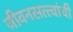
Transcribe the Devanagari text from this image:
जीवनसत्त्वांची